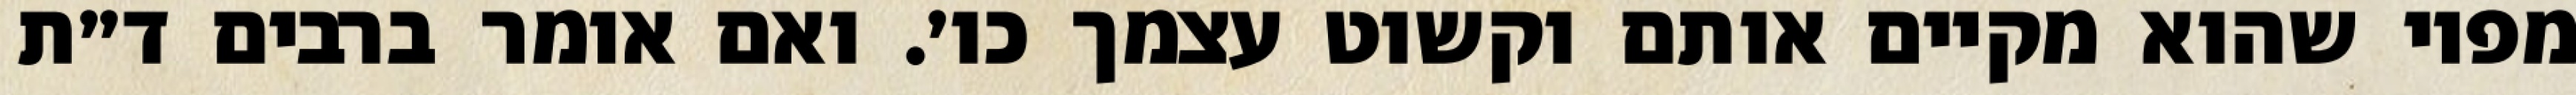
מפיו שהוא מקיים אותם וקשוט עצמך כו׳. ואם אומר ברבים ד״ת